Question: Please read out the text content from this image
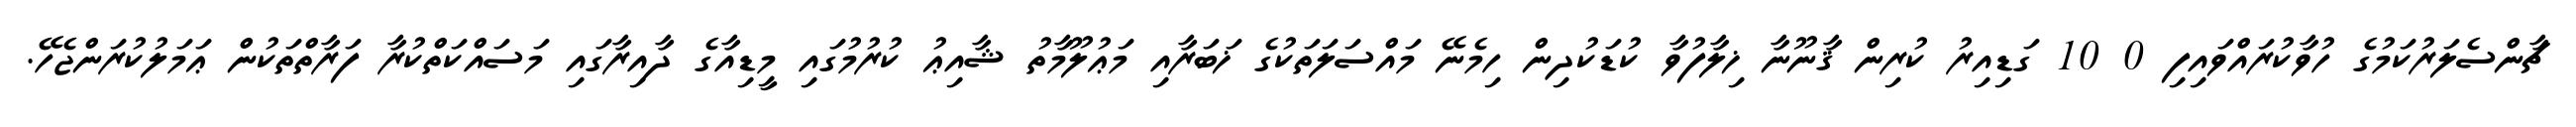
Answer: ޗާންސެލަރުކަމުގެ ހުވާކުރައްވައިފި 0 10 ގަޑިއިރު ކުރިން ޤާނޫނާ ޚިލާފުވާ ކުޑަކުދިން ހިމެނޭ މައްސަލަތަކުގެ ޚަބަރާއި މަޢުލޫމާތު ޝާއިޢު ކުރުމުގައި މީޑިއާގެ ދާއިރާގައި މަސައްކަތްކުރާ ފަރާތްތަކުން ޢަމަލުކުރަންޖެހޭ.